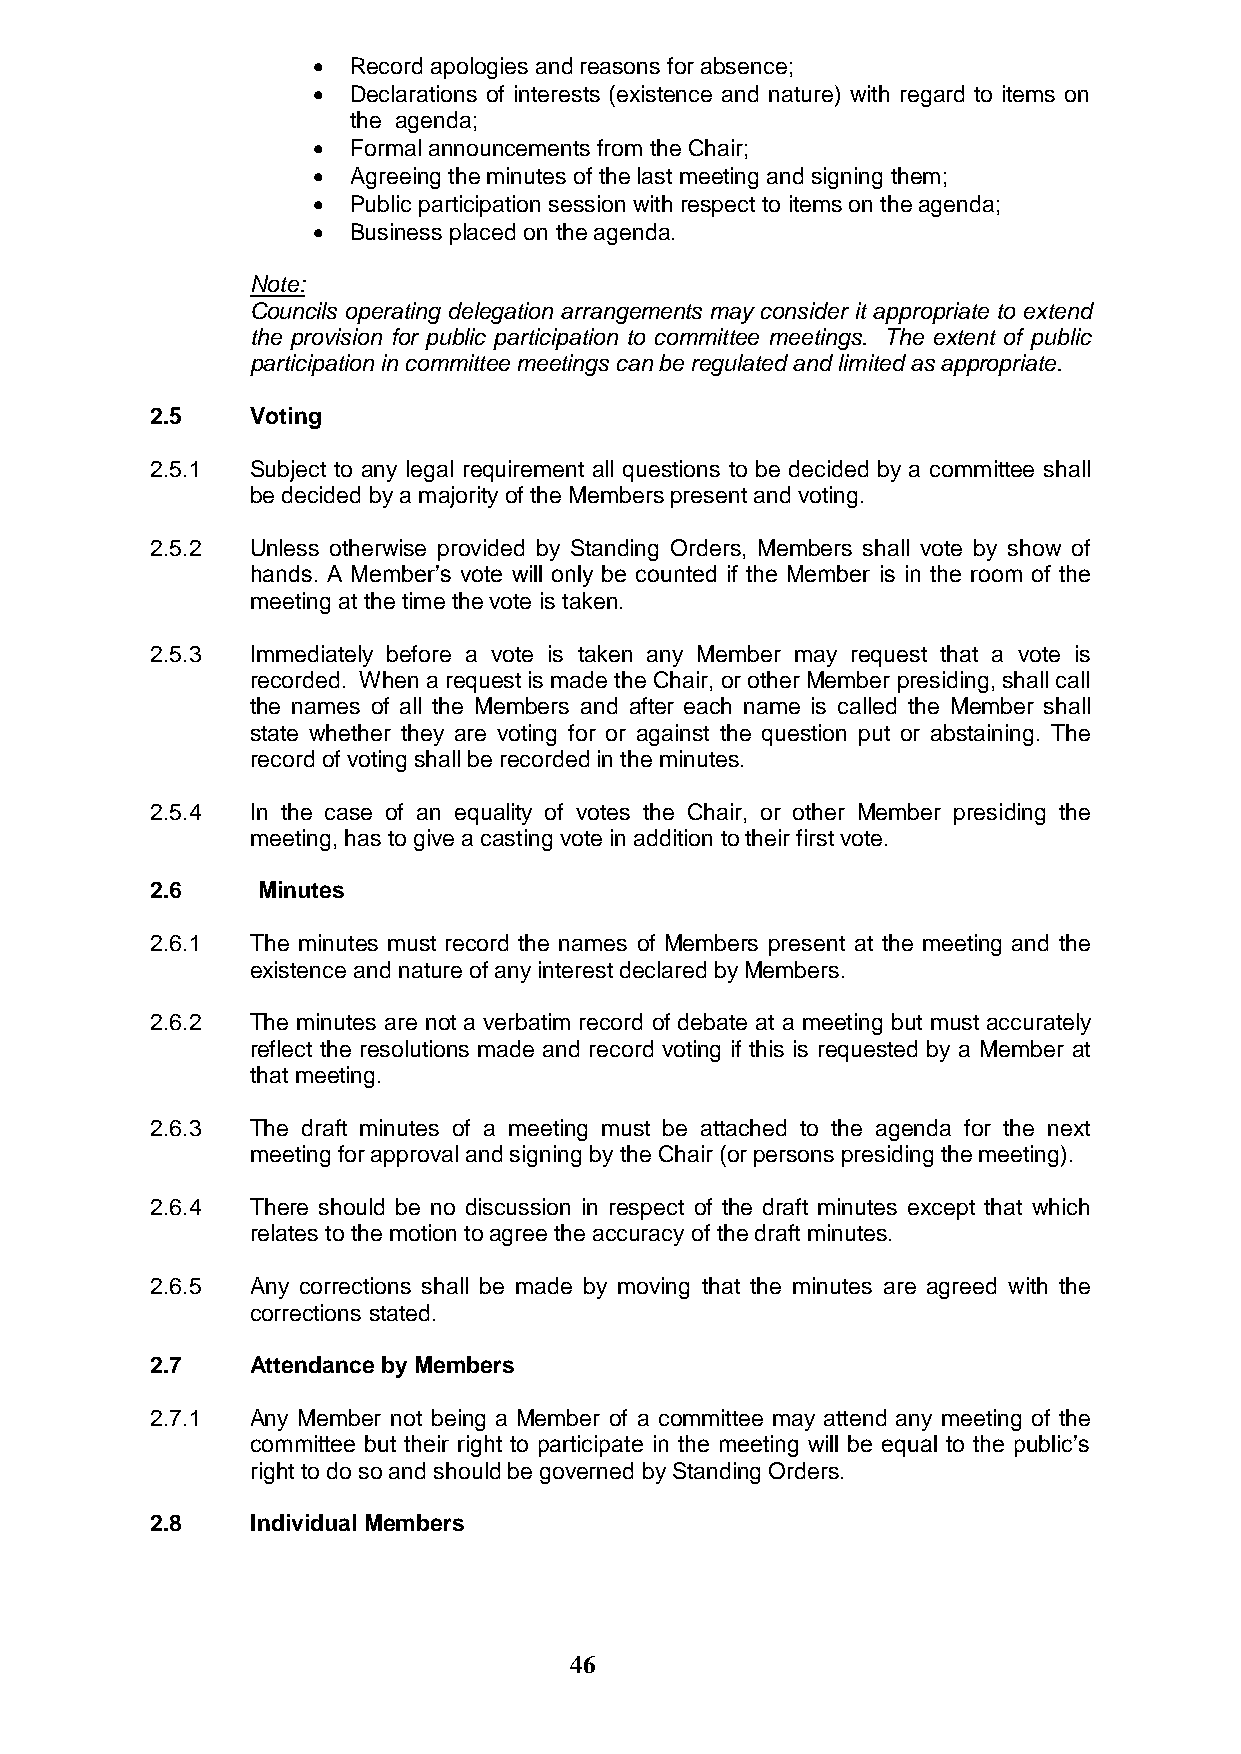
 Record apologies and reasons for absence;
  Declarations of interests (existence and nature) with regard to items on
 the agenda;
  Formal announcements from the Chair;
  Agreeing the minutes of the last meeting and signing them;
  Public participation session with respect to items on the agenda;
  Business placed on the agenda.
 Note:
 Councils operating delegation arrangements may consider it appropriate to extend
 the provision for public participation to committee meetings. The extent of public
 participation in committee meetings can be regulated and limited as appropriate.
 2.5    Voting
 2.5.1  Subject to any legal requirement all questions to be decided by a committee shall
 be decided by a majority of the Members present and voting.
 2.5.2  Unless otherwise provided by Standing Orders, Members shall vote by show of
 hands. A Member‟s vote will only be counted if the Member is in the room of the
 meeting at the time the vote is taken.
 2.5.3  Immediately before a vote is taken any Member may request that a vote is
 recorded. When a request is made the Chair, or other Member presiding, shall call
 the names of all the Members and after each name is called the Member shall
 state whether they are voting for or against the question put or abstaining. The
 record of voting shall be recorded in the minutes.
 2.5.4  In the case of an equality of votes the Chair, or other Member presiding the
 meeting, has to give a casting vote in addition to their first vote.
 2.6    Minutes
 2.6.1  The minutes must record the names of Members present at the meeting and the
 existence and nature of any interest declared by Members.
 2.6.2  The minutes are not a verbatim record of debate at a meeting but must accurately
 reflect the resolutions made and record voting if this is requested by a Member at
 that meeting.
 2.6.3  The draft minutes of a meeting must be attached to the agenda for the next
 meeting for approval and signing by the Chair (or persons presiding the meeting).
 2.6.4  There should be no discussion in respect of the draft minutes except that which
 relates to the motion to agree the accuracy of the draft minutes.
 2.6.5  Any corrections shall be made by moving that the minutes are agreed with the
 corrections stated.
 2.7    Attendance by Members
 2.7.1  Any Member not being a Member of a committee may attend any meeting of the
 committee but their right to participate in the meeting will be equal to the public‟s
 right to do so and should be governed by Standing Orders.
 2.8    Individual Members
 46